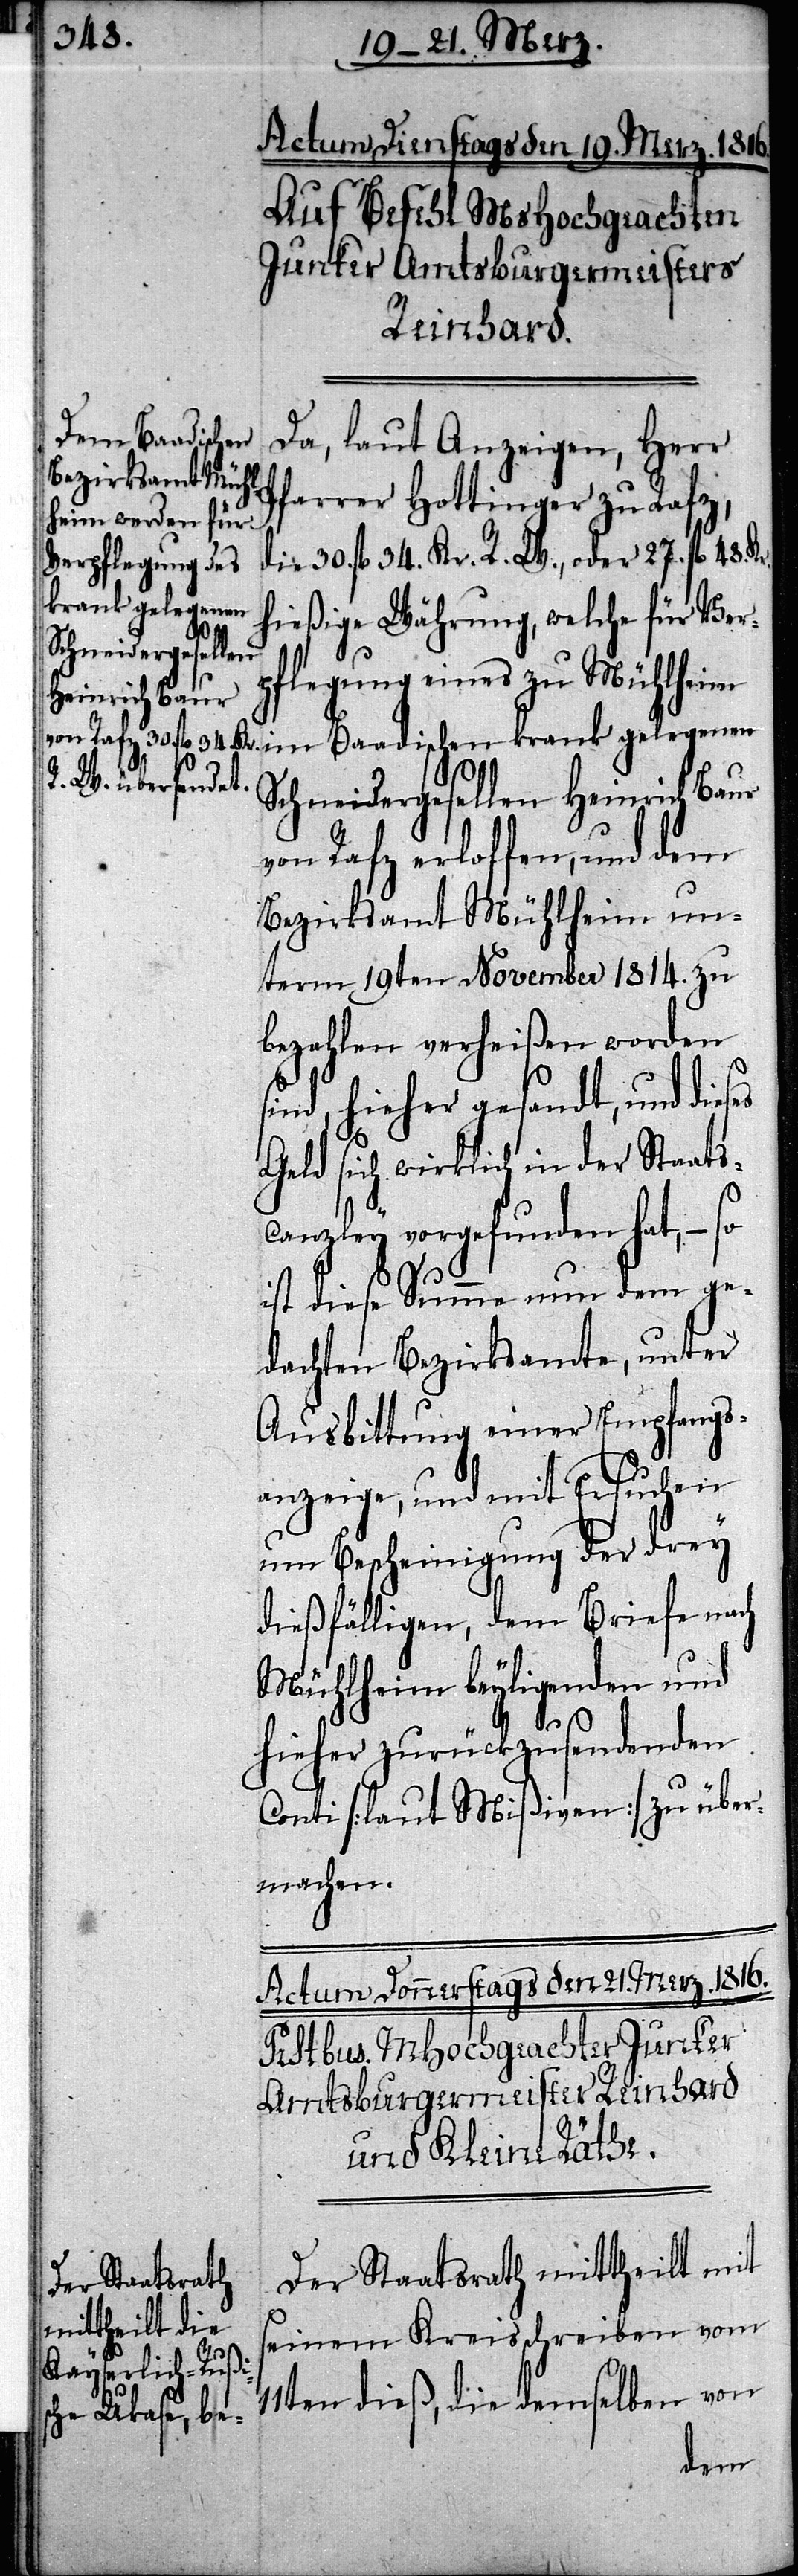
Actum Dienstags den 19. Merz. 1816.
Auf Befehl MsHochgeachten
Junker Amtsburgermeisters
Reinhard.
im Baadischen
Da, laut Anzeigen, Herr
Pfarrer Hottinger zu Rafz,
die 30. fl 34. Kr. R. W., oder 27. fl 48 Kr.
krank gelegenen
hießige Währung, welche für Ver¬
Schneidergesellen
pflegung eines zu Mühlheim
Heinrich Baur
von Rafz erloffen, und dem
Bezirksamt Mühlheim un¬
term 19ten November 1814. zu
bezahlen verheißen worden
sind, hieher gesandt, und dieses
Geld sich wirklich in der Staats¬
canzley vorgefunden hat, – so
ist diese Summe nun dem ge¬
dachten Bezirksamte, unter
Ausbittung einer Empfangs¬
anzeige, und mit Ersuchen
um Bescheinigung der drey
dießfälligen, dem Briefe nach
Mühlheim beyliegenden und
hieher zurückzusendenden
Conti [laut Mißiven] zu über¬
machen.
Der Staatsrath mittheilt mit
seinem Kreisschreiben vom
11ten dieß, die demselben von